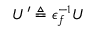
U ^ { \prime } \triangleq \epsilon _ { f } ^ { - 1 } U